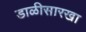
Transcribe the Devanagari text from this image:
डाळीसारखा